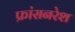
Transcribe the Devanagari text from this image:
फ्रांसनरेश